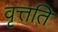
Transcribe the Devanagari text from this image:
वृत्तति